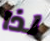
لذا